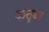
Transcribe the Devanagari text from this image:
कतृव्य